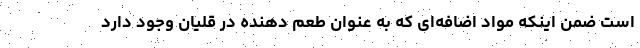
است ضمن اینکه مواد اضافه‌ای که به عنوان طعم دهنده در قلیان وجود دارد